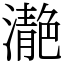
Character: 濪